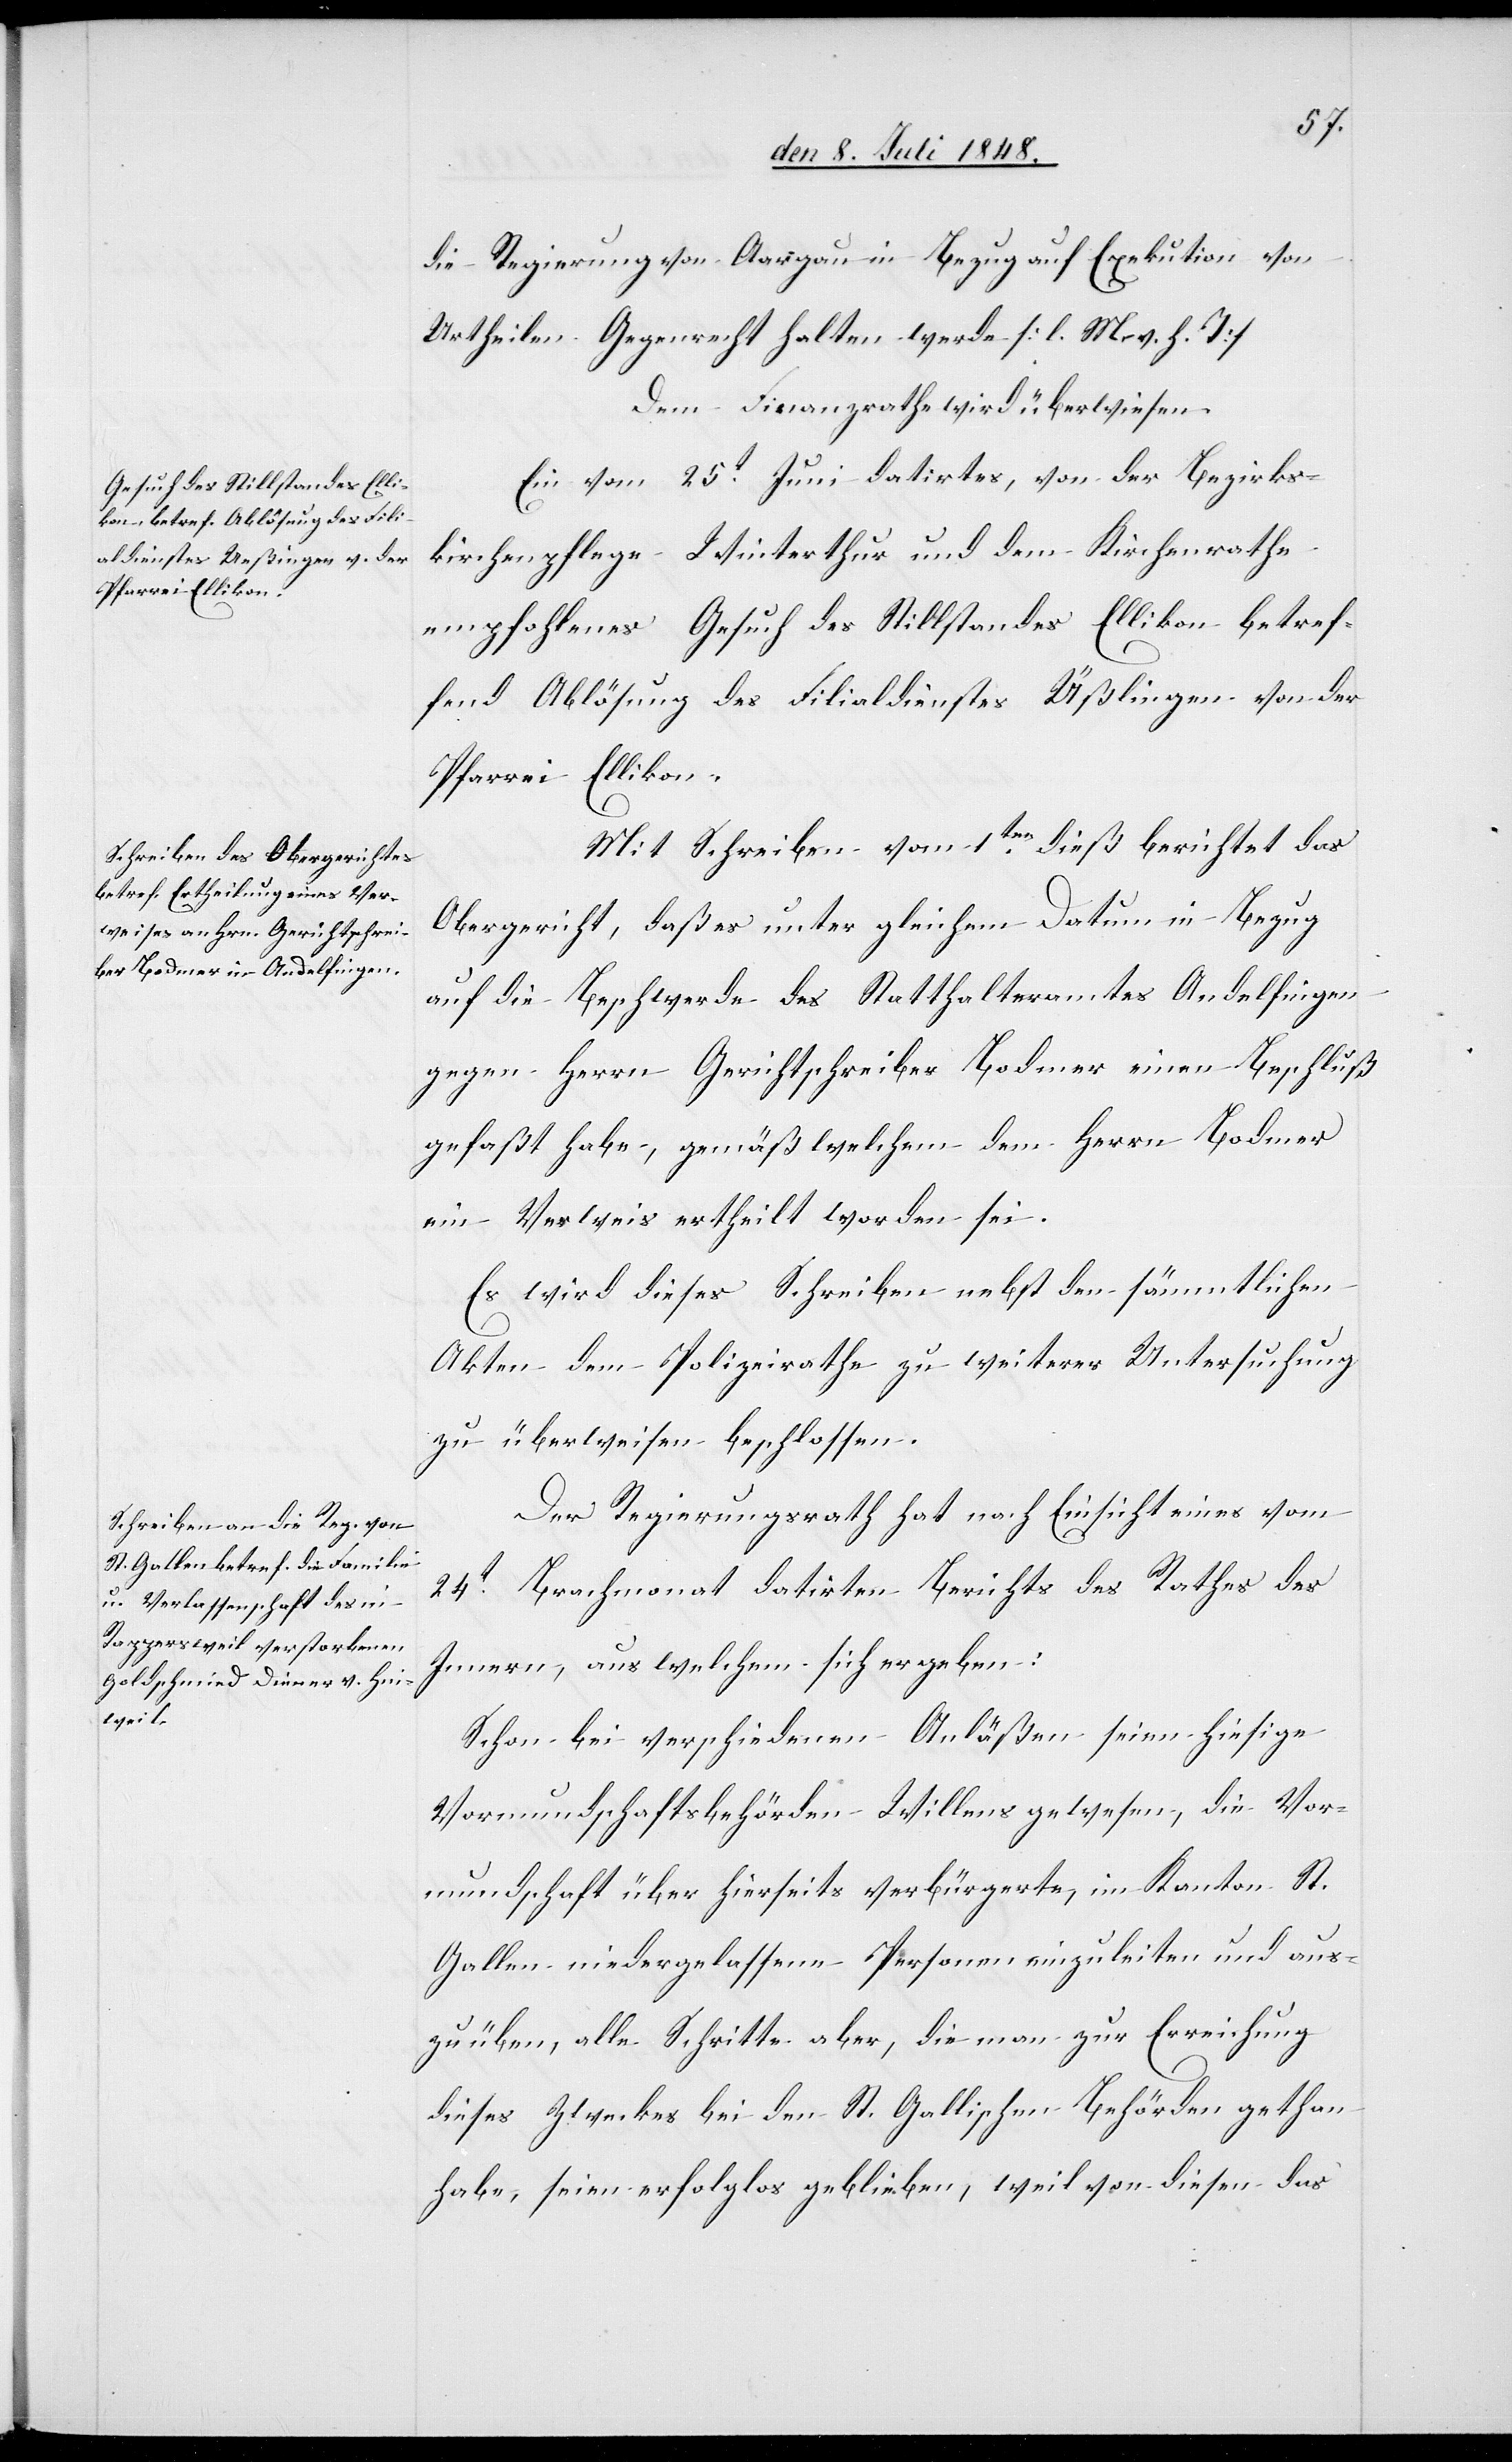
die Regierung von Aargau in Bezug auf Exekution von
Urtheilen Gegenrecht halten werde. [l. M. v. h. T]
Dem Finanzrathe wird überwiesen.
Ein vom 25t Juni datirtes, von der Bezirks¬
kirchenpflege Winterthur und dem Kirchenrathe
empfohlenes Gesuch des Stillstandes Ellikon betref¬
fend Ablösung des Filialdienstes Üßlingen von der
Pfarrei Ellikon.
Mit Schreiben vom 1ten dieß berichtet das
Obergericht, daß es unter gleichem Datum in Bezug
auf die Beschwerde des Statthalteramtes Andelfingen
gegen Herrn Gerichtschreiber Bodmer einen Beschluß
gefaßt habe, gemäß welchem dem Herrn Bodmer
ein Verweis ertheilt worden sei.
Es wird dieses Schreiben nebst den sämmtlichen
Akten dem Polizeirathe zu weiterer Untersuchung
zu überweisen beschlossen.
Der Regierungsrath hat nach Einsicht eines vom
24t Brachmonat datirten Berichts des Rathes des
Innern, aus welchem sich ergeben:
Schon bei verschiedenen Anläßen seien hiesige
Vormundschaftsbehörden Willens gewesen, die Vor¬
mundschaft über hierseits verbürgerte, im Kanton St.
Gallen niedergelassene Personen einzuleiten und aus¬
zuüben, alle Schritte aber, die man zur Erreichung
dieses Zweckes bei den St. Gallischen Behörden gethan
habe, seien erfolglos geblieben, weil von diesen das